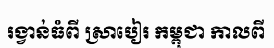
រង្វាន់ធំពី ស្រាបៀរ កម្ពុជា កាលពី